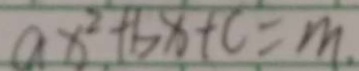
a x ^ { 2 } + b x + c = m .